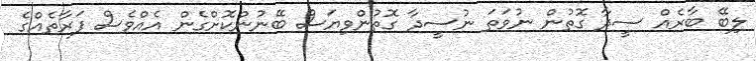
ލިބޭ ބާރެއް ސީދާ ގޮތުން ނުވަތަ ނުސީދާ ގޮތުންވިޔަސް ބޭނުންކޮށްގެން އެއްވެސް ފަރާތެއްގެ